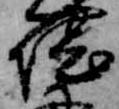
堪